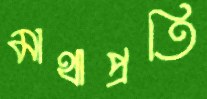
মাথাপ্রতি